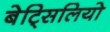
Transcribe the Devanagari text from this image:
बेट्सिलियो